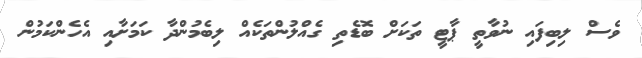
ވެސް ލިބިފައި ނުވާތީ ޕާޓީ ތަކަށް ބޮޑެތި ގެއްލުންތަކެއް ލިބެމުންދާ ކަމަށާއި އެހެންކަމުން